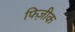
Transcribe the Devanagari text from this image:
फिज़ीक